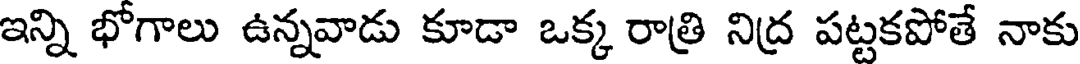
ఇన్ని భోగాలు ఉన్నవాడు కూడా ఒక్క రాత్రి నిద్ర పట్టకపోతే నాకు